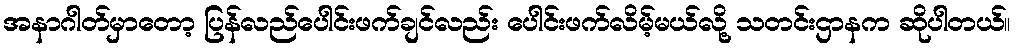
အနာဂါတ်မှာတော့ ပြန်လည်ပေါင်းဖက်ချင်လည်း ပေါင်းဖက်လိမ့်မယ်လို့ သတင်းဌာနက ဆိုပါတယ်။